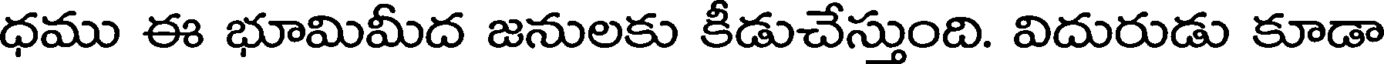
ధము ఈ భూమిమీద జనులకు కీడుచేస్తుంది. విదురుడు కూడా